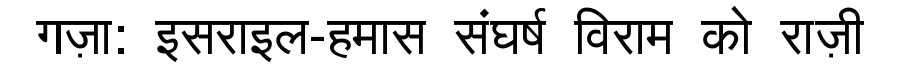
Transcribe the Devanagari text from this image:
गज़ा: इसराइल-हमास संघर्ष विराम को राज़ी